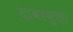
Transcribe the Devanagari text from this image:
दाबायुक्त